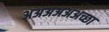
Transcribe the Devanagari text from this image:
अअअअअअच्छा